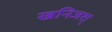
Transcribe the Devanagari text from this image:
खनिजश्